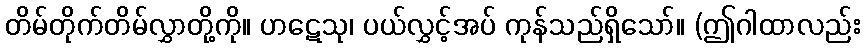
တိမ်တိုက်တိမ်လွှာတို့ကို။ ဟဋေသု၊ ပယ်လွှင့်အပ် ကုန်သည်ရှိသော်။ (ဤဂါထာလည်း